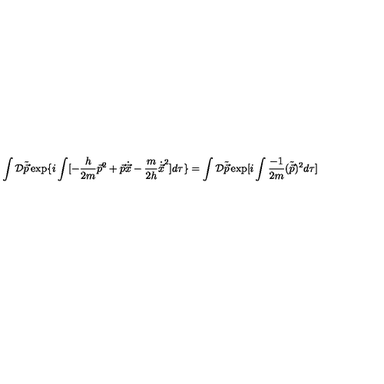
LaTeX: \int { \cal D } \tilde { \vec { p } } \exp \{ i \int [ - \frac { h } { 2 m } { \vec { p } } ^ { 2 } + \vec { p } \dot { \vec { x } } - \frac { m } { 2 h } { \dot { \vec { x } } } ^ { 2 } ] d \tau \} = \int { \cal D } \tilde { \vec { p } } \exp [ i \int \frac { - 1 } { 2 m } ( \tilde { \vec { p } } ) ^ { 2 } d \tau ]